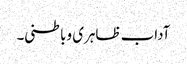
آداب ظاہری وباطنی۔